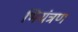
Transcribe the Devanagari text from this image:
भियंत्रण